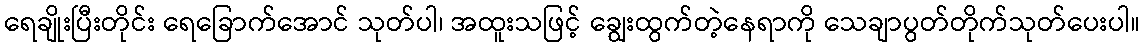
ရေချိုးပြီးတိုင်း ရေခြောက်အောင် သုတ်ပါ၊ အထူးသဖြင့် ချွေးထွက်တဲ့နေရာကို သေချာပွတ်တိုက်သုတ်ပေးပါ။